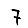
Digit: 7